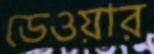
ডেওয়ার